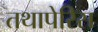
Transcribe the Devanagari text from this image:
तथापेरिस